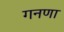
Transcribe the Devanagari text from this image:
गनणा